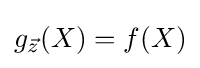
g_{\vec {z}}(X)=f(X)